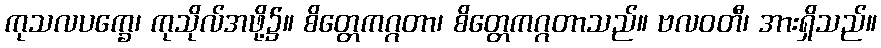
ကုသလပက္ခေ၊ ကုသိုလ်အဖို့၌။ စိတ္တေကဂ္ဂတာ၊ စိတ္တေကဂ္ဂတာသည်။ ဗလဝတီ၊ အားရှိသည်။